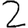
Digit: 2